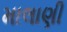
માલાણી